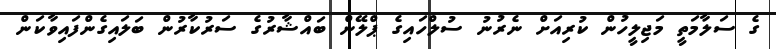
ގެ ސަލާމަތީ މަޖިލީހުން ކުރިއަށް ނެރުނު ސުލްހައިގެ ޕްލޭން ބައްޝާރުގެ ސަރުކާރުން ބަލައިގެންފައިވާކަން